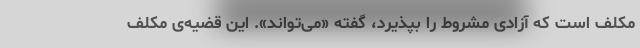
مکلف است که آزادی مشروط را بپذیرد، گفته «می‌تواند». این قضیه‌ی مکلف